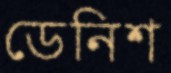
ডেনিশ